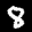
Label: 8